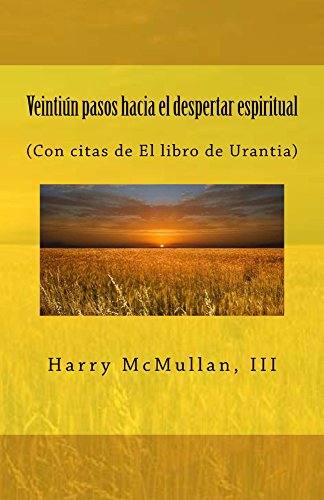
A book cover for VEINTIÃEN PASOS HACIA  EL DESPERTAR ESPIRITUAL: (Con citas de El libro de Urantia) (Spanish Edition); Harry McMullan III; Religion & Spirituality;